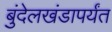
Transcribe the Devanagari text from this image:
बुंदेलखंडापर्यंत